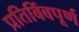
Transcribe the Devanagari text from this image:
प्रतिबिंबपूर्ण